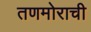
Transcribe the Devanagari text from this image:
तणमोराची